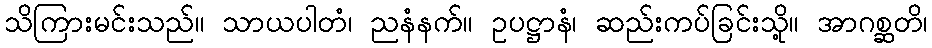
သိကြားမင်းသည်။ သာယပါတံ၊ ညနံနက်။ ဥပဋ္ဌာနံ၊ ဆည်းကပ်ခြင်းသို့။ အာဂစ္ဆတိ၊